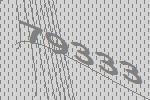
79333